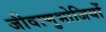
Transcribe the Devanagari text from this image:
जीवाणुभोजियों